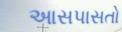
આસપાસતો